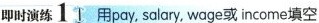
即时演练 1 用pay, salary,wage或 income填空